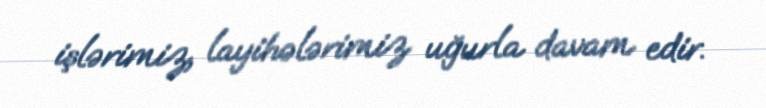
işlərimiz, layihələrimiz uğurla davam edir.